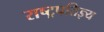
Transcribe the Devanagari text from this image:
राष्ट्रपतिज्ञ्य